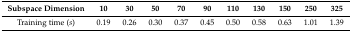
<table><thead><tr><td><b>Subspace Dimension</b></td><td><b>10</b></td><td><b>30</b></td><td><b>50</b></td><td><b>70</b></td><td><b>90</b></td><td><b>110</b></td><td><b>130</b></td><td><b>150</b></td><td><b>250</b></td><td><b>325</b></td></tr></thead><tbody><tr><td>Training time (<i>s</i>)</td><td>0.19</td><td>0.26</td><td>0.30</td><td>0.37</td><td>0.45</td><td>0.50</td><td>0.58</td><td>0.63</td><td>1.01</td><td>1.39</td></tr></tbody></table>